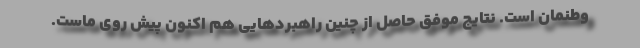
وطنمان است. نتایج موفق حاصل از چنین راهبردهایی هم اکنون پیش روی ماست.